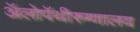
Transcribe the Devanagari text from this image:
ॲलोपॅथीरुग्णालय